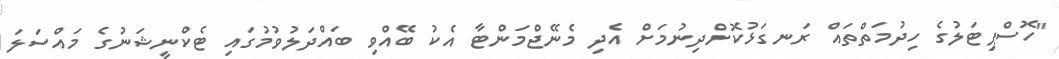
"ހޮސްޕިޓަލުގެ ހިދުމަތްތައް ރަނގަޅުކޮށްދިނުމަށް އެދި މެނޭޖްމަންޓާ އެކު ބޭއްވި ބައްދަލުވުމުގައި ޓެކްނީޝަނުގެ މައްސަލަ